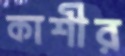
কাশীর